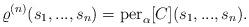
LaTeX: \begin{align*}\varrho^{(n)} (s_1,...,s_n) = \textnormal{per}_{\alpha} [C] (s_1,..., s_n).\end{align*}